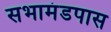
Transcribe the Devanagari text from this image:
सभामंडपास